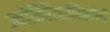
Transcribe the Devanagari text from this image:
ज्योतिर्वैज्ञानिकांनी